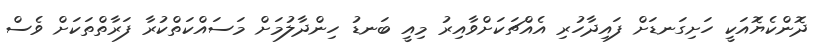
ދޮންކެޔޮައަކީ ހަށިގަނޑަށް ފައިދާހުރި އެއްޗަކަށްވާއިރު މިއީ ބަނޑު ހިންދާލުމަށް މަސައްކަތްކުރާ ފަރާތްތަކަށް ވެސް